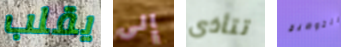
يقلب إلى تتأذى التوضيح